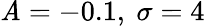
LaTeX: \mathit{A}=-0.1,\ \sigma=4